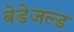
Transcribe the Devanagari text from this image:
बेडेजल्ड